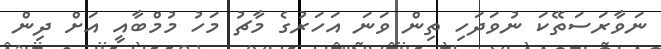
ނަވާރަސަތޭކަ ނުވަދަހި ތިން ވަނަ އަހަރުގެ މާޗު މަހު މުމްބާއީ އަށް ދިން